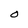
Character: O